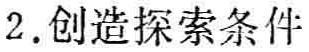
2. 创造探索条件